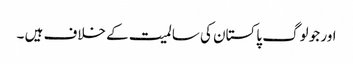
اور جو لوگ پاکستان کی سالمیت کے خلاف ہیں ۔